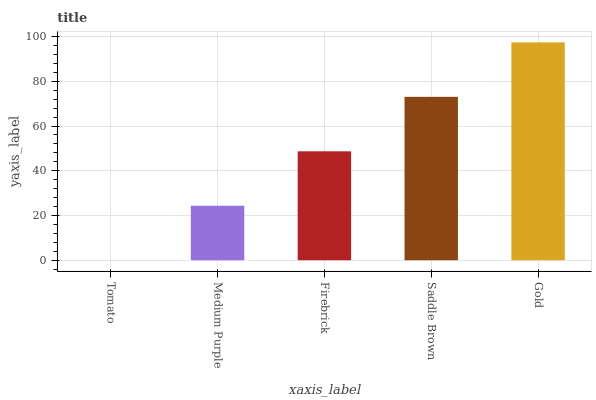
| xaxis_label | bars |
 | --- | --- |
 | Tomato | 0 |
 | Medium Purple | 24.3 |
 | Firebrick | 48.7 |
 | Saddle Brown | 73 |
 | Gold | 97.4 |